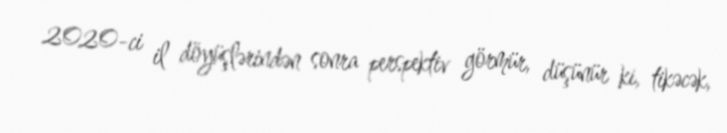
2020-ci il döyüşlərindən sonra perspektiv görmür, düşünür ki, tikəcək,